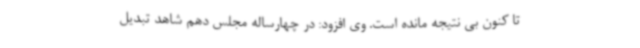
تا کنون بی نتیجه مانده است. وی افزود: در چهارساله مجلس دهم شاهد تبدیل